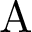
\mathrm { A }